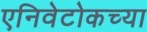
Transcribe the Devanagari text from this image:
एनिवेटोकच्या